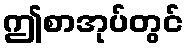
ဤစာအုပ်တွင်